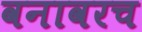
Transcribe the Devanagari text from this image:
वनावरच